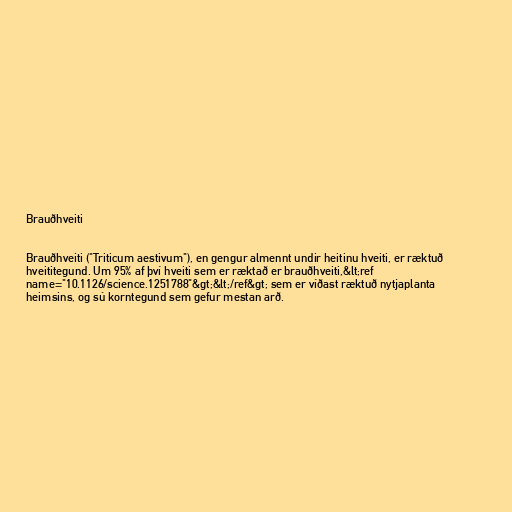
Brauðhveiti

Brauðhveiti ("Triticum aestivum"), en gengur almennt undir heitinu hveiti, er ræktuð
hveititegund. Um 95% af því hveiti sem er ræktað er brauðhveiti,&lt;ref
name="10.1126/science.1251788"&gt;&lt;/ref&gt; sem er víðast ræktuð nytjaplanta
heimsins, og sú korntegund sem gefur mestan arð.